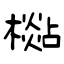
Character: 檆